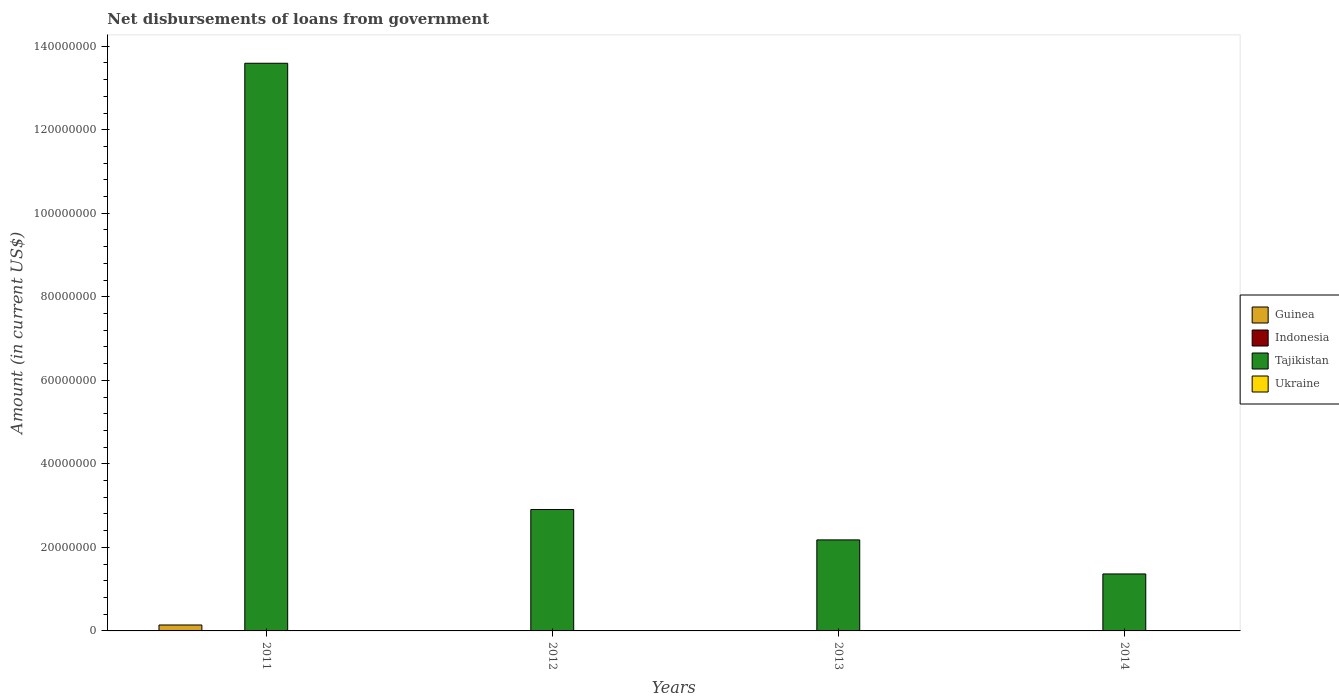
| Years | Guinea | Indonesia | Tajikistan | Ukraine |
 | --- | --- | --- | --- | --- |
 | 2011 | 1.42e+06 | -1.58e+09 | 1.36e+08 | -7.82e+07 |
 | 2012 | -1.29e+07 | -2.3e+09 | 2.91e+07 | -1.78e+08 |
 | 2013 | -1.26e+07 | -1.09e+09 | 2.18e+07 | -1.85e+08 |
 | 2014 | -1.19e+07 | -1.9e+09 | 1.36e+07 | -1.01e+08 |